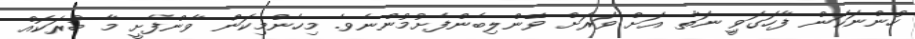
ހުންނަކަން ފާހަގަވިީ ނަތާ އަށް ވަރަށް ވޭންލިބެންފެށުމުންނެވެ. މިހެންމިކަން ވާންފެށީ މާ ބުރަކޮއް